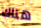
هناك